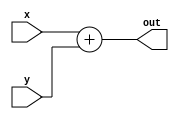
// module add(x, y ,out);
//   input [1:0] x;
//   input [1:0] y;
//   output [1:0] out;

//   assign out = x + y;

// endmodule

module add(x, y ,out);
  input x;
  input y;
  output out;

  assign out = x + y;

endmodule